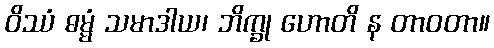
ဝိဿံ ဓမ္မံ သမာဒါယ၊ ဘိက္ခု ဟောတိ န တာဝတာ။